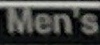
Men's